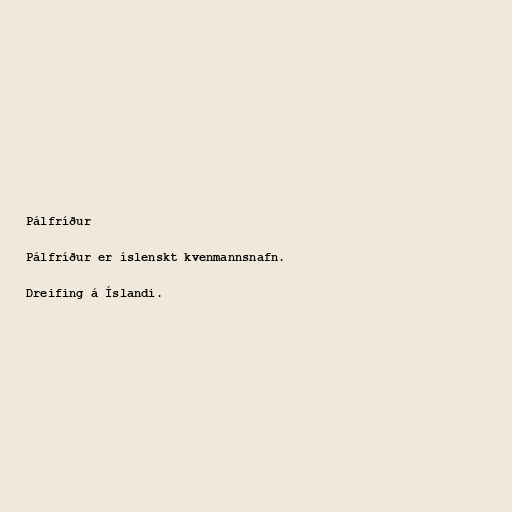
Pálfríður

Pálfríður er íslenskt kvenmannsnafn.

Dreifing á Íslandi.